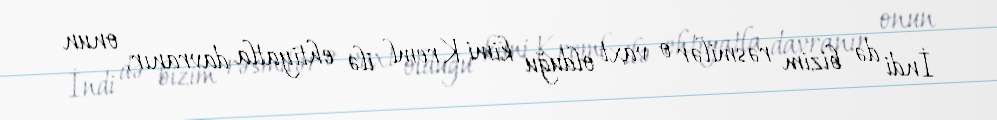
İndi də bizim rəsmilər o vaxt olduğu kimi Kreml ilə ehtiyatla davranır, onun